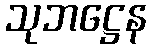
သုဘဋ္ဌေန